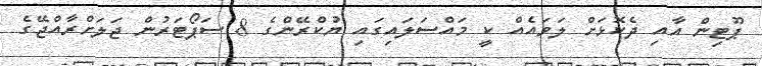
ޕޫޓިން އާއި ދެކޮޅަށް ލަވައެއް ކީ މައްސަލައިގައި ޔުކްރޭންގެ 8 ސަޕޯޓަރުން ޖަލަށްރާއްޖޭގެ